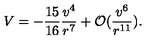
V = - \frac { 1 5 } { 1 6 } \frac { v ^ { 4 } } { r ^ { 7 } } + { \cal O } ( \frac { v ^ { 6 } } { r ^ { 1 1 } } ) .